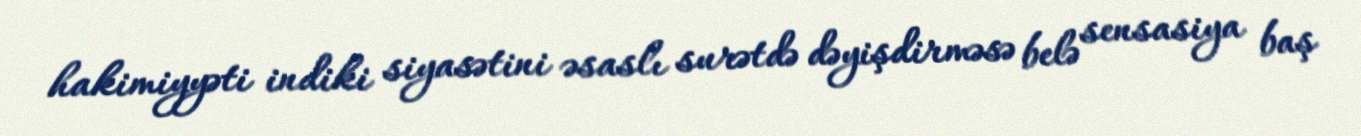
hakimiyyəti indiki siyasətini əsaslı surətdə dəyişdirməsə belə sensasiya baş